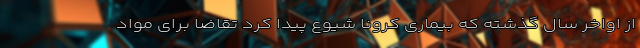
از اواخر سال گذشته که بیماری کرونا شیوع پیدا کرد تقاضا برای مواد